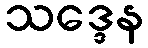
သဒ္ဒေန